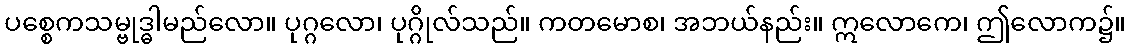
ပစ္စေကသမ္ဗုဒ္ဓါမည်လော။ ပုဂ္ဂလော၊ ပုဂ္ဂိုလ်သည်။ ကတမောစ၊ အဘယ်နည်း။ ဣလောကေ၊ ဤလောက၌။